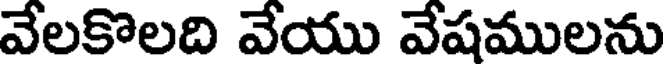
వేలకొలది వేయు వేషములను